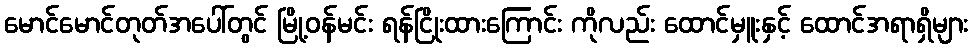
မောင်မောင်တုတ်အပေါ်တွင် မြို့ဝန်မင်း ရန်ငြိုးထားကြောင်း ကိုလည်း ထောင်မှူးနှင့် ထောင်အရာရှိများ